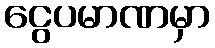
ငွေပမာဏမှာ